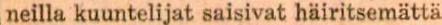
neilla kuuntelijat saisivat häiritsemättä